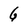
Character: G